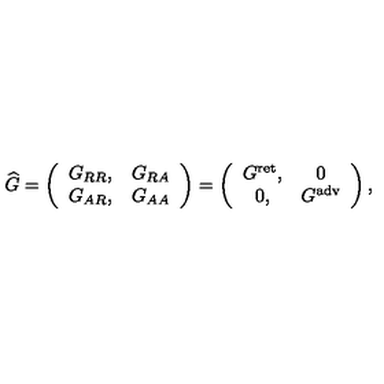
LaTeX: { \widehat G } = \left( \begin{array} { c c } { G _ { R R } , } & { G _ { R A } } \\ { G _ { A R } , } & { G _ { A A } } \\ \end{array} \right) = \left( \begin{array} { c c } { G ^ { \mathrm { r e t } } , } & { 0 } \\ { 0 , } & { G ^ { \mathrm { a d v } } } \\ \end{array} \right) ,